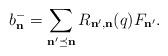
LaTeX: \begin{align*} b_{\bf n}^- =\sum_{\bf n' \preceq \bf n} R_{{\bf n'}, {\bf n}}(q) F_{\bf n'}.\end{align*}